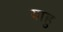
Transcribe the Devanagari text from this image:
याहु